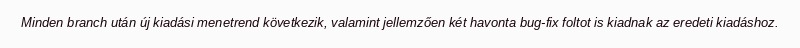
Minden branch után új kiadási menetrend következik, valamint jellemzően két havonta bug-fix foltot is kiadnak az eredeti kiadáshoz.